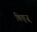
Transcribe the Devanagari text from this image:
किङ्ज़्